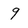
Character: 9